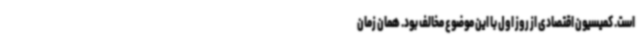
است. کمیسیون اقتصادی از روز اول با این موضوع مخالف بود. همان زمان